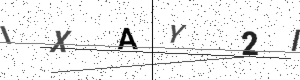
Text: IXAY2I